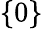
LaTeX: \left\{ 0\right\}